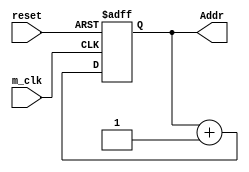
module AG(reset,m_clk,Addr);
input reset,m_clk;
output [6:0]Addr;
reg [6:0]Addr;
always@(posedge m_clk or negedge reset)
begin
	if(reset==1'b0) 
	Addr <=7'd0;
	else 
	Addr <=Addr+7'd1;		
end
endmodule